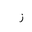
Letter: _zay